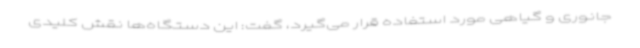
جانوری و گیاهی مورد استفاده قرار می‌گیرد، گفت: این دستگاه‌ها نقش کلیدی